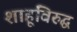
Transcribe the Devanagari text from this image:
शाहूंविरुद्घ